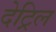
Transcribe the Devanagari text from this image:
देट्रिल